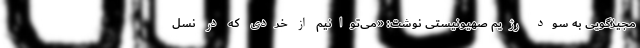
مجیزگویی به سود رژیم صهیونیستی نوشت: «می‌توانیم از خردی که در نسل